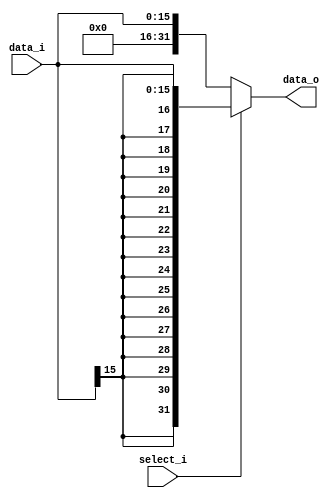
//Subject:     CO project 2 - Sign extend
//--------------------------------------------------------------------------------
//Version:     1
//--------------------------------------------------------------------------------
//Writer:
//----------------------------------------------
//Date:
//----------------------------------------------
//Description:
//--------------------------------------------------------------------------------

module Sign_Extend(
    data_i,
    data_o,
    select_i
    );

//I/O ports
input   [16-1:0] data_i;
input            select_i;
output  [32-1:0] data_o;

//Internal Signals
reg     [32-1:0] data_o;

//Sign extended


always@(*) begin
// Ref. http://excamera.com/sphinx/fpga-verilog-sign.html

    // in ori, the immediate part needs zero extension
    data_o <= select_i ? {{16{data_i[15]}}, data_i} :
                         {{16{1'b0}}, data_i};
end

endmodule